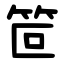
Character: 笸